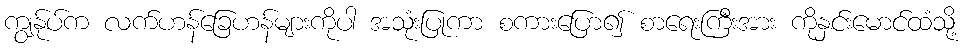
ကျွန်ုပ်က လက်ဟန်ခြေဟန်များကိုပါ အသုံးပြုကာ စကားပြော၍ စာရေးကြီးအား ကိုနှင်းမောင်ထံသို့